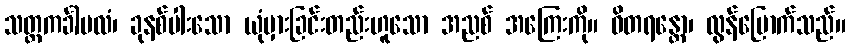
သတ္တကင်္ခါမလံ၊ ခုနစ်ပါးသော ယုံမှားခြင်းတည်းဟူသော အညစ် အကြေးကို။ ဝိတရန္တော၊ လွန်မြောက်သည်။